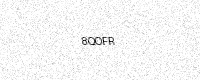
Text: 8QOFR